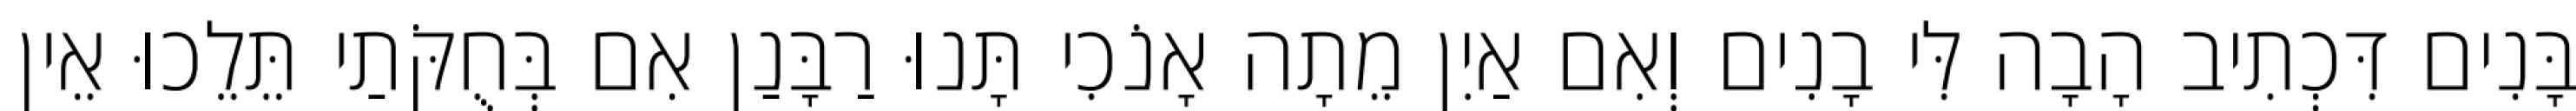
בָּנִים דִּכְתִיב הָבָה לִּי בָנִים וְאִם אַיִן מֵתָה אָנֹכִי תָּנוּ רַבָּנַן אִם בְּחֻקֹּתַי תֵּלֵכוּ אֵין